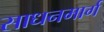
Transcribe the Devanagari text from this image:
साधनमार्ग